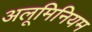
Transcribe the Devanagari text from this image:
अलूमिनियम